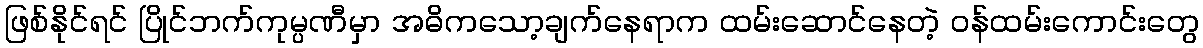
ဖြစ်နိုင်ရင် ပြိုင်ဘက်ကုမ္ပဏီမှာ အဓိကသော့ချက်နေရာက ထမ်းဆောင်နေတဲ့ ဝန်ထမ်းကောင်းတွေ